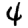
Digit: 4